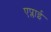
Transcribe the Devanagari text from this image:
एप्लाई